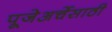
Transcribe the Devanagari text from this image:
पूजेअर्चेसाठी